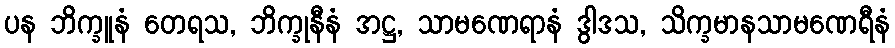
ပန ဘိက္ခူနံ တေရသ, ဘိက္ခုနီနံ အဋ္ဌ, သာမဏေရာနံ ဒွါဒသ, သိက္ခမာနသာမဏေရီနံ